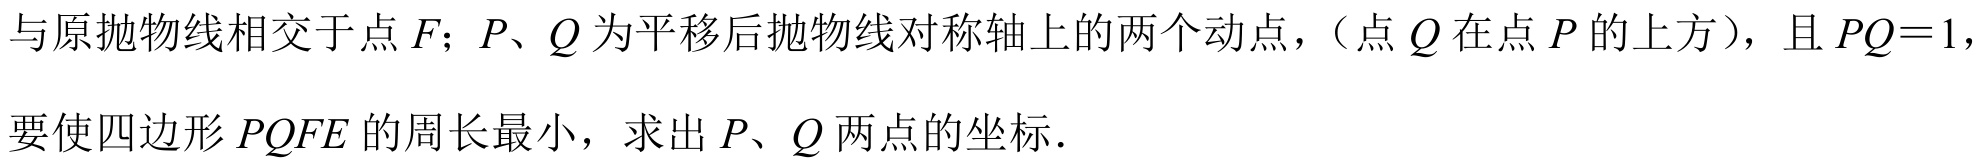
与原抛物线相交于点 \(F\)；\(P、Q\) 为平移后抛物线对称轴上的两个动点，（点 \(Q\) 在点 \(P\) 的上方），且 \(PQ = 1\)，要使四边形 \(PQFE\) 的周长最小，求出 \(P、Q\) 两点的坐标.